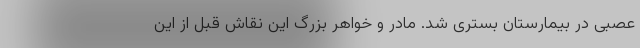
عصبی در بیمارستان بستری شد. مادر و خواهر بزرگ این نقاش قبل از این